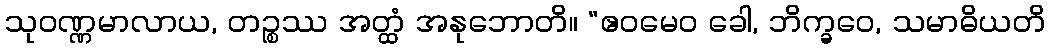
သုဝဏ္ဏမာလာယ, တဉ္စဿ အတ္ထံ အနုဘောတိ။ “ဧဝမေဝ ခေါ, ဘိက္ခဝေ, သမာဓိယတိ